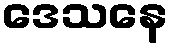
ဒေသနေ